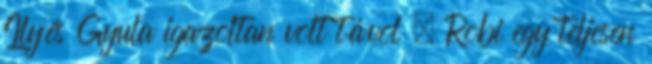
Ilyés Gyula igazoltan volt távol . Robi egy teljesen